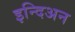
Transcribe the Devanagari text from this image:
इन्दिअन